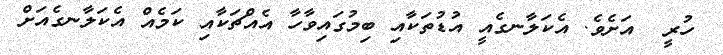
ހުރީ  އަށެވެ. އެކަލާނގެއީ އުޑުތަކާއި ބިމުގައިވާހާ އެއްޗަކާއި ކަމެއް އެކަލާނގެއަށް